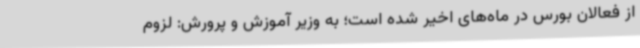
از فعالان بورس در ماه‌های اخیر شده است؛ به وزیر آموزش و پرورش: لزوم